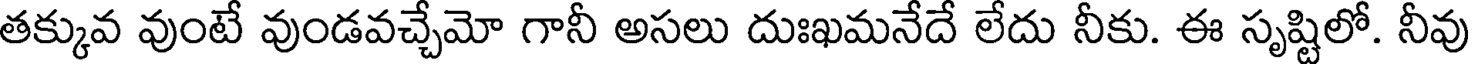
తక్కువ వుంటే వుండవచ్చేమో గానీ అసలు దుఃఖమనేదే లేదు నీకు. ఈ సృష్టిలో. నీవు